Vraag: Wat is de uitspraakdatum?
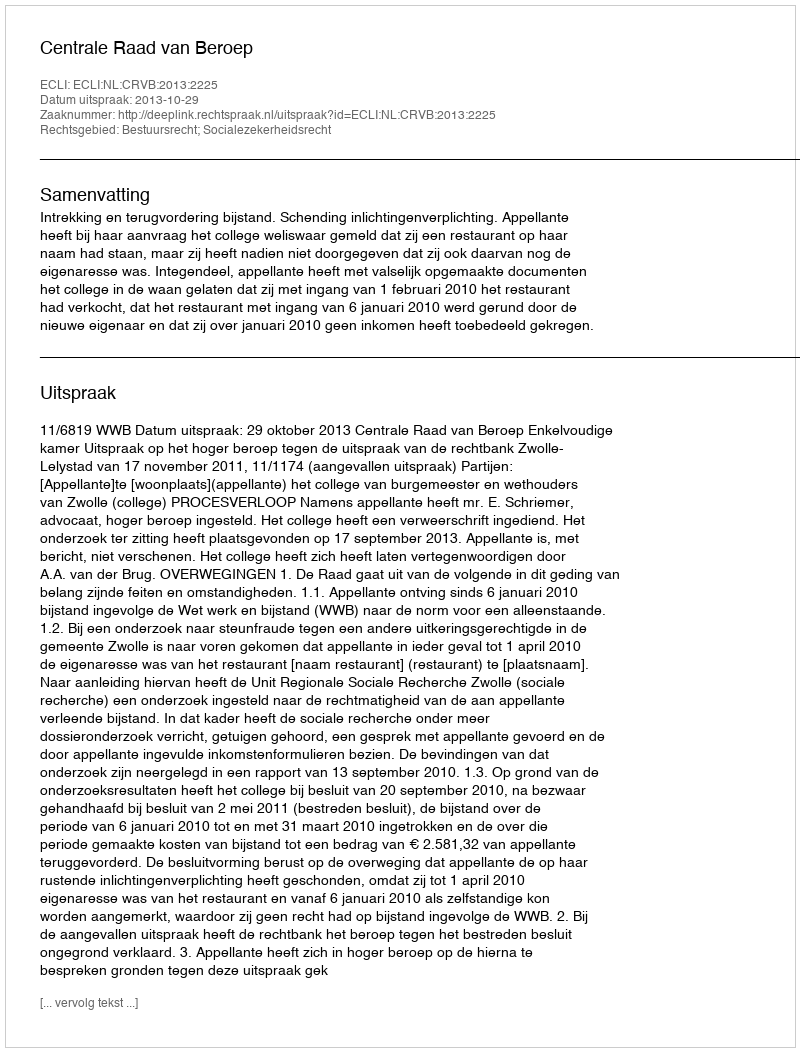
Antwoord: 2013-10-29